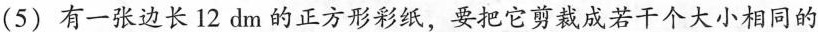
(5)有一张边长12dm的正方形彩纸，要把它剪裁成若干个大小相同的